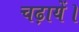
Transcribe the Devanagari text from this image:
चढ़ायें।